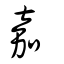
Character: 嘉